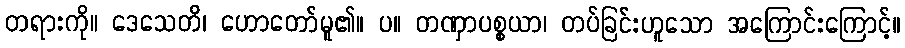
တရားကို။ ဒေသေတိ၊ ဟောတော်မူ၏။ ပ။ တဏှာပစ္စယာ၊ တပ်ခြင်းဟူသော အကြောင်းကြောင့်။